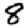
Digit: 8